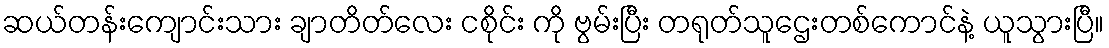
ဆယ်တန်းကျောင်းသား ချာတိတ်လေး ငစိုင်း ကို ဗွမ်းပြီး တရုတ်သူဌေးတစ်ကောင်နဲ့ ယူသွားပြီ။